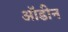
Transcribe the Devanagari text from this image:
ऑडीन